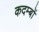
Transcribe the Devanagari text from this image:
कदम्बों